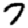
Digit: 7